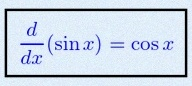
\frac{d}{dx}(\sin x)=\cos x